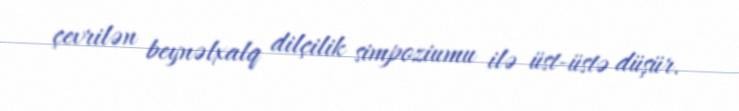
çevrilən beynəlxalq dilçilik simpoziumu ilə üst-üstə düşür.